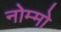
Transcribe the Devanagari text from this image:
नोम्मो